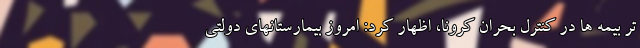
تر بیمه ها در کنترل بحران کرونا، اظهار کرد: امروز بیمارستانهای دولتی